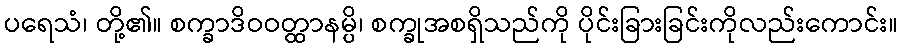
ပရေသံ၊ တို့၏။ စက္ခာဒိဝဝတ္ထာနမ္ပိ၊ စက္ခုအစရှိသည်ကို ပိုင်းခြားခြင်းကိုလည်းကောင်း။